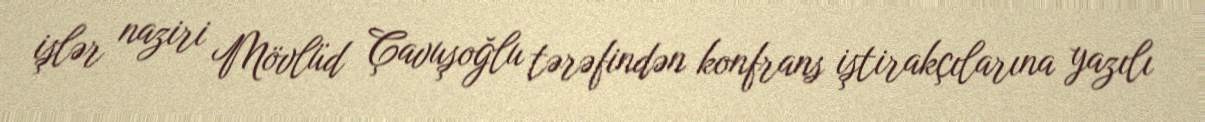
işlər naziri Mövlüd Çavuşoğlu tərəfindən konfrans iştirakçılarına yazılı